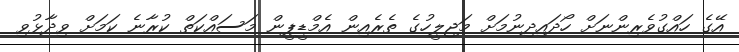
އޭގެ ހައްގުވެރިންނަށް ހޯދައިދިނުމަށް މަޖިލީހުގެ ތެރެއިން އެމްޑީޕީން މަސައްކަތް ކުރާނެ ކަމަށް ވިދާޅުވި